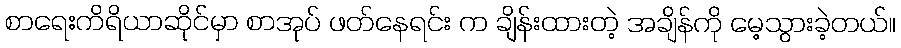
စာရေးကိရိယာဆိုင်မှာ စာအုပ် ဖတ်နေရင်း က ချိန်းထားတဲ့ အချိန်ကို မေ့သွားခဲ့တယ်။